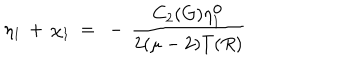
\eta _ { 1 } \, + \, \chi _ { 1 } ~ = ~ - \, \frac { C _ { 2 } ( G ) \eta _ { 1 } ^ { \mathrm { o } } } { 2 ( \mu - 2 ) T ( R ) }